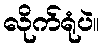
လိုက်ရုံပဲ။